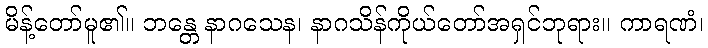
မိန့်တော်မူ၏။ ဘန္တေ နာဂသေန၊ နာဂသိန်ကိုယ်တော်အရှင်ဘုရား။ ကာရဏံ၊